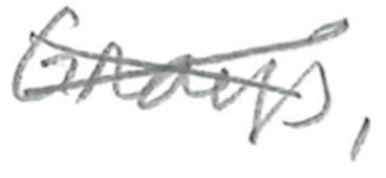
Text: Grays,
Cross-out: cross
Writing tool: pencil